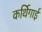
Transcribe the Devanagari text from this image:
कर्थिगाई